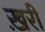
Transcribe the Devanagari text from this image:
ख़री